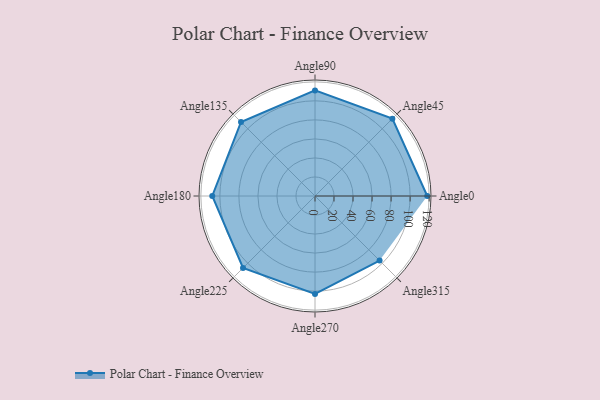
{"axis": {"x": "Angle", "y": "Radius"}, "legend": [""], "data": [{"x": "Angle0", "y": 118.0, "type": ""}, {"x": "Angle45", "y": 115.0, "type": ""}, {"x": "Angle90", "y": 111.0, "type": ""}, {"x": "Angle135", "y": 110.0, "type": ""}, {"x": "Angle180", "y": 108.0, "type": ""}, {"x": "Angle225", "y": 107.0, "type": ""}, {"x": "Angle270", "y": 103.0, "type": ""}, {"x": "Angle315", "y": 96.0, "type": ""}]}